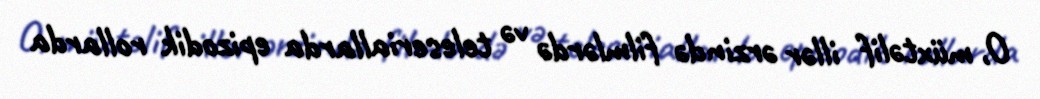
O, müxtəlif illər ərzində filmlərdə və teleseriallarda epizodik rollarda